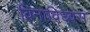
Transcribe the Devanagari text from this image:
विनाविध्वंस